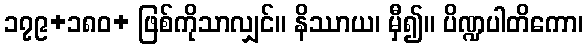
၁၇၉+၁၈၀+ ဖြစ်ကိုသာလျှင်။ နိဿာယ၊ မှီ၍။ ပိဏ္ဍပါတိကော၊